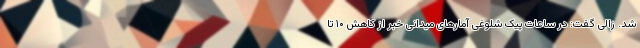
شد. زالی گفت: در ساعات پیک شلوغی آمارهای میدانی خبر از کاهش ۱۰ تا